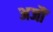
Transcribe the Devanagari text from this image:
अजौं